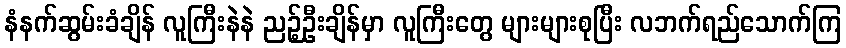
နံနက်ဆွမ်းခံချိန် လူကြီးနဲနဲ ညဉ့်ဦးချိန်မှာ လူကြီးတွေ များများစုပြီး လဘက်ရည်သောက်ကြ